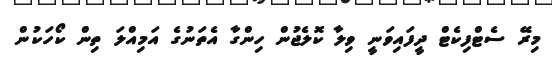
މިރޭ ސެޓްފިކެޓް ދީފައިވަނީ ވިލާ ކޮލެޖުން ހިންގާ އެތަނުގެ އަމިއްލަ ތިން ކޯހަކުން